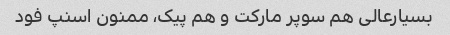
بسیارعالی هم سوپر مارکت و هم پیک، ممنون اسنپ فود